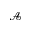
\mathcal { A }